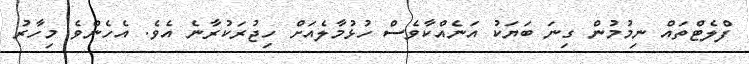
ފްލެޓްތައް ނިމުމުން ގިނަ ބަޔަކު އަނެއްކާވެސް ހުޅުމާލެއަށް ހިޖުރަކުރާނެ އެވެ. އެހެންވެ މިހާރު